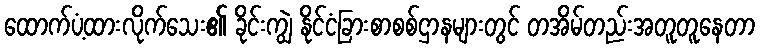
ထောက်ပံ့ထားလိုက်သေး၏ ခိုင်းကျွဲ နိုင်ငံခြားစာစစ်ဌာနများတွင် တအိမ်တည်းအတူတူနေတာ